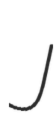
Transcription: J